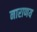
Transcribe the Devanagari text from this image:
नाराणय